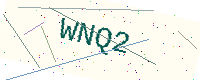
Text: WNQ2